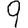
Digit: 9